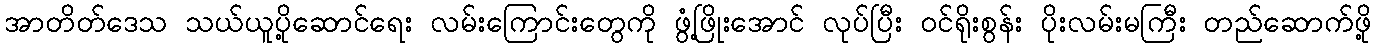
အာတိတ်ဒေသ သယ်ယူပို့ဆောင်ရေး လမ်းကြောင်းတွေကို ဖွံ့ဖြိုးအောင် လုပ်ပြီး ဝင်ရိုးစွန်း ပိုးလမ်းမကြီး တည်ဆောက်ဖို့